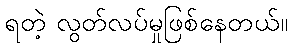
ရတဲ့ လွတ်လပ်မှုဖြစ်နေတယ်။